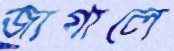
জাগালে